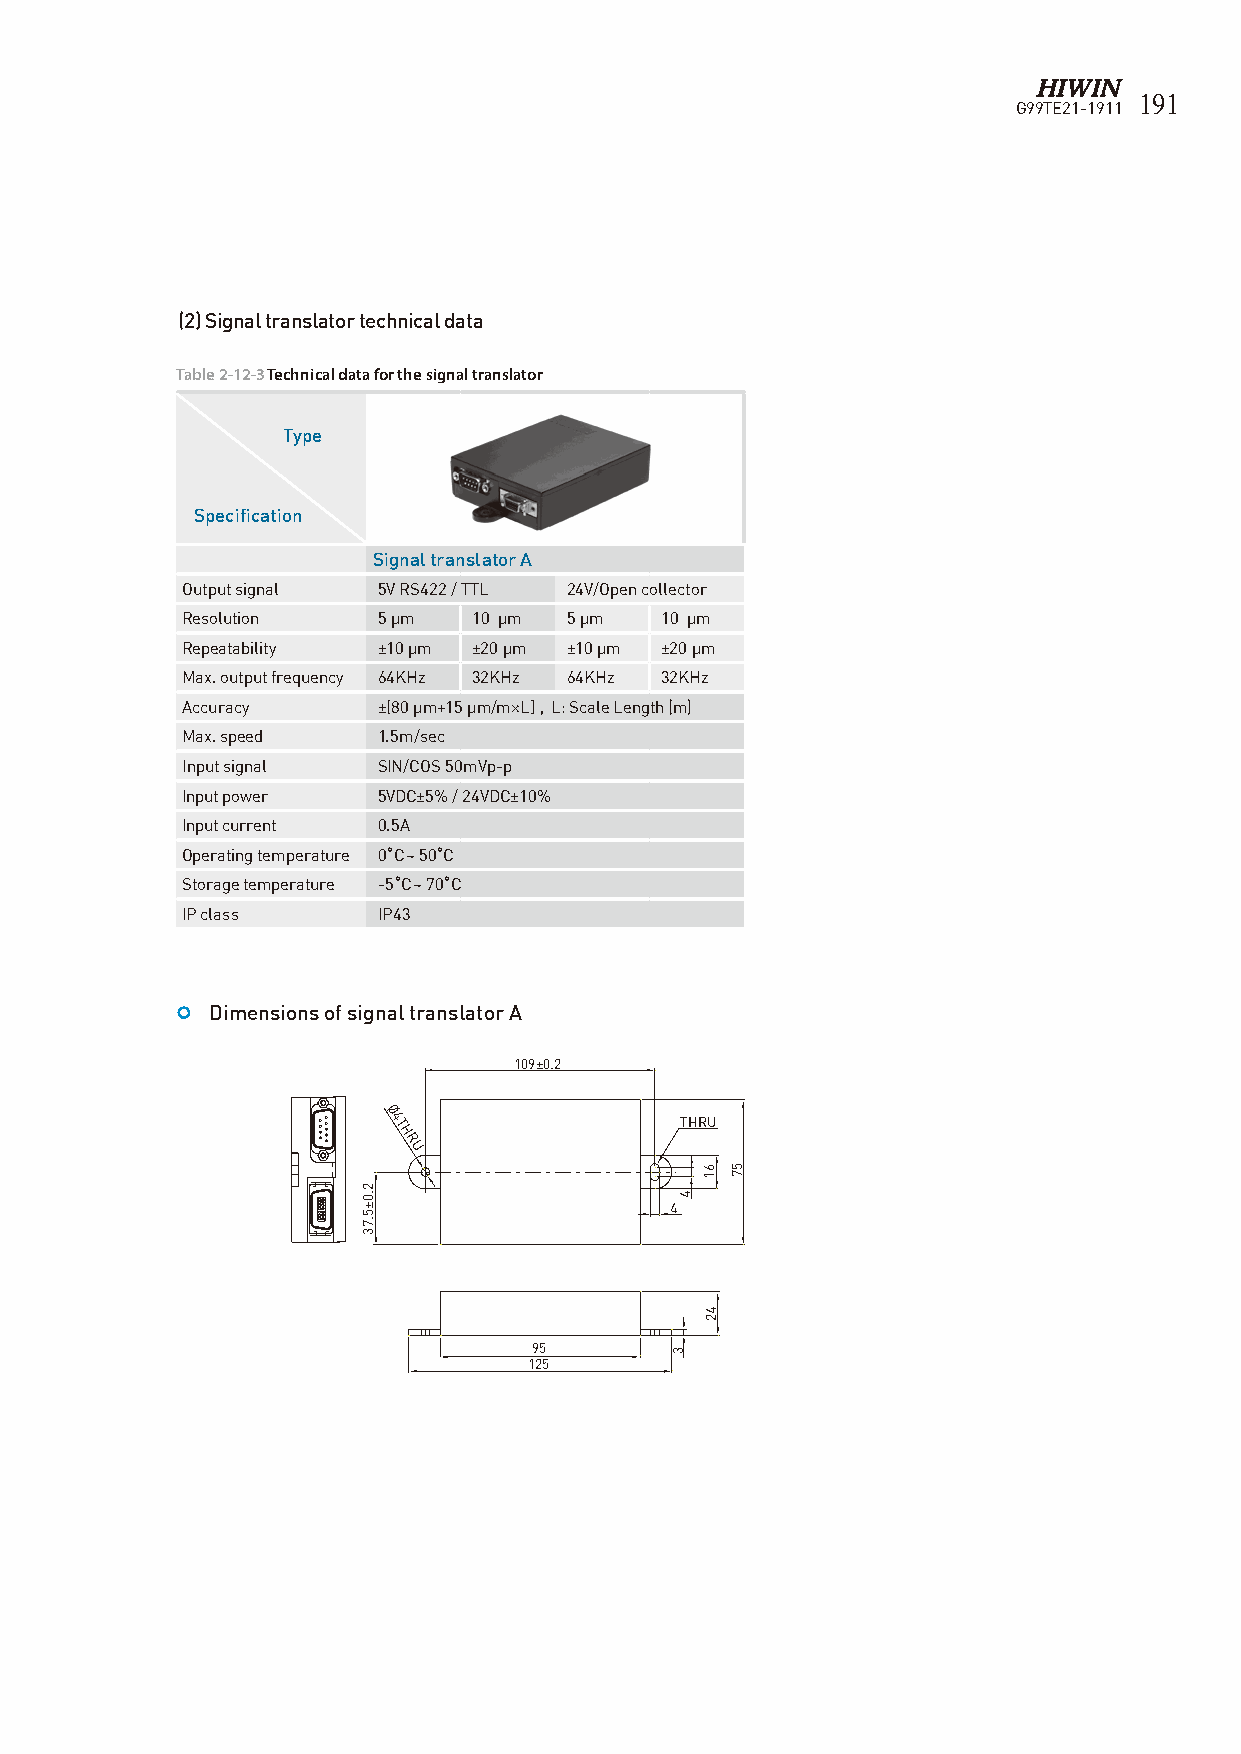
191
 G99TE21-1911
 (2) Signal translator technical data
 Table 2-12-3 Technical data for the signal translator
 Type
 Specification
 Signal translator A
 Output signal 5V RS422 / TTL 24V/Open collector
 Resolution   5 μm  10 μm 5 μm   10 μm
 Repeatability ±10 μm ±20 μm ±10 μm ±20 μm
 Max. output frequency 64KHz 32KHz 64KHz 32KHz
 Accuracy     ±[80 μm+15 μm/m×L] , L: Scale Length (m)
 Max. speed   1.5m/sec
 Input signal SIN/COS 50mVp-p
 Input power  5VDC±5% / 24VDC±10%
 Input current 0.5A
 Operating temperature 0�C ~ 50�C
 Storage temperature -5�C ~ 70�C
 IP class     IP43
  Dimensions of signal translator A
 109±0.2
 Ø4                  THRU
 T
 H
 R
 U
 4
 95
 125
 2.0±5.73
 3
 4
 61
 42
 57